Scottish Leaving Certificate Examination, 1958
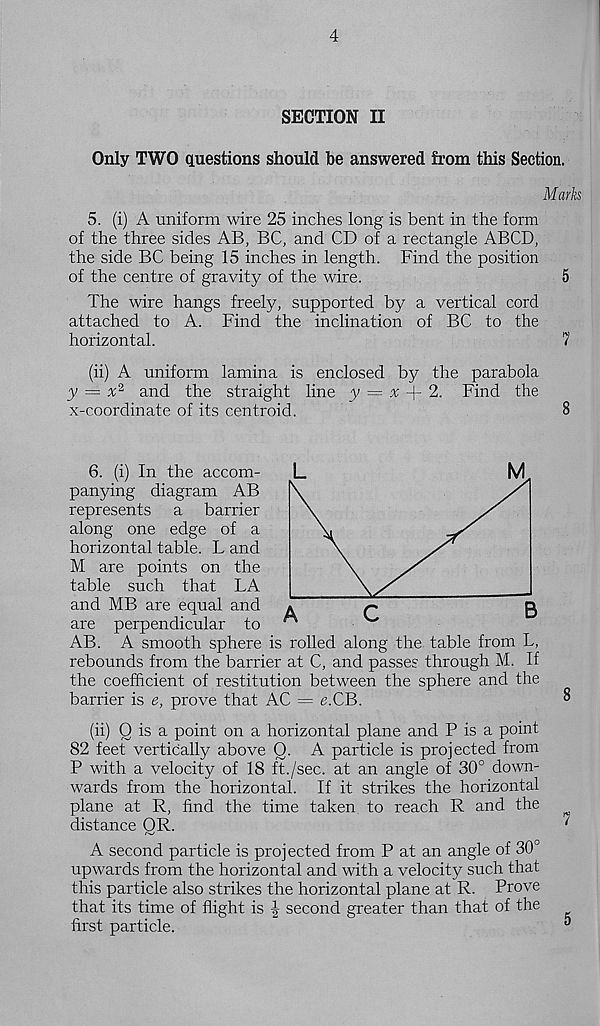
4
SECTION II
Only TWO questions should he answered from this Section.
Marks
5. (i) A uniform wire 25 inches long is bent in the form
of the three sides AB, BC, and CD of a rectangle ABCD,
the side BC being 15 inches in length. Find the position
of the centre of gravity of the wire.
5
The wire hangs freely, supported by a vertical cord
attached to A. Find the inclination of BC to the
horizontal.
7
(ii) A uniform lamina is enclosed by the parabola
y ~ x 2 and the straight line y = x -j- 2. Find the
x-coordinate of its centroid.
8
6. (i) In the accom-
panying diagram AB
represents a barrier
along one edge of a
horizontal table. L and
M are points on the
table such that LA
and MB are equal and
are perpendicular to
AB. A smooth sphere is rolled along the table from L,
rebounds from the barrier at C, and passes through M. If
the coefficient of restitution between the sphere and the
barrier is e, prove that AC = e.CB.
(ii) Q is a point on a horizontal plane and P is a point
82 feet vertically above 0. A particle is projected from
P with a velocity of 18 ft./sec. at an angle of 30° down-
wards from the horizontal. If it strikes the horizontal
plane at R, find the time taken to reach R and the
distance OR.
A second particle is projected from P at an angle of 30°
upwards from the horizontal and with a velocity such that
this particle also strikes the horizontal plane at R. Prove
that its time of flight is second greater than that of the
first particle.
8
7
5